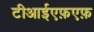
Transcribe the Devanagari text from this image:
टीआईएफ़एफ़